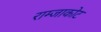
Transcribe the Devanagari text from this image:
राम्जाकोट